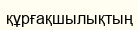
құрғақшылықтың